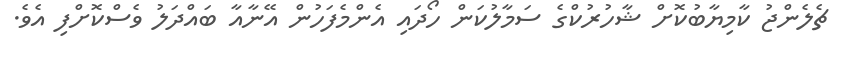
ޗެލެންޖު ކާމިޔާބުކޮށް ޝާހުރުކްގެ ސަމާލުކަން ހޯދައި އެންމެފަހުން އޭނާއާ ބައްދަލު ވެސްކޮށްފި އެވެ.